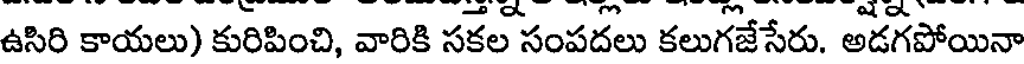
ఉసిరి కాయలు) కురిపించి, వారికి సకల సంపదలు కలుగజేసేరు. అడగపోయినా